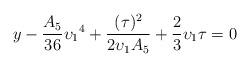
LaTeX: \begin{align*} {{{y}}} -\frac{A_5}{36} {{\upsilon_1}}^4 +\frac{({\tau})^2}{2 {\upsilon_1} A_5}+\frac{2}{3}{\upsilon_1}{\tau} =0 \end{align*}